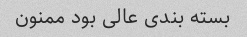
بسته بندی عالی بود ممنون